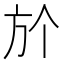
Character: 𣃘